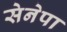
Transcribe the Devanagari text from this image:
सेनेपा